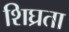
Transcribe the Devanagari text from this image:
शिघ्रता